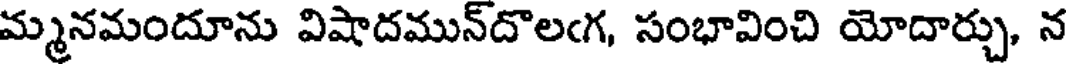
మ్మనమందూను విషాదమున్దొలఁగ, సంభావించి యోదార్చు, న